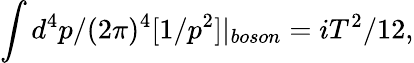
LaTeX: \int d^{4}p/(2\pi)^{4}[1/p^{2}]|_{boson}=iT^{2}/12,